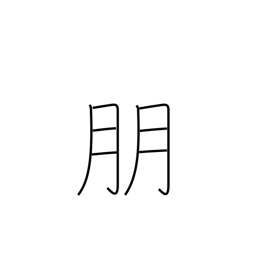
Meaning: companion